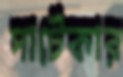
পাটেকার